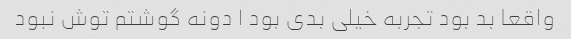
واقعا بد بود تجربه خیلی بدی بود ۱ دونه گوشتم توش نبود